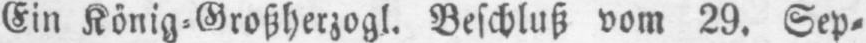
Ein König⸗Großherzogl. Beschluß vom 29. Sep⸗